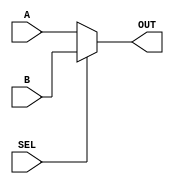
/*
Written By: Joe Barchanowicz
scaleable multiplexer
*/

`timescale 1 ns / 1 ns

module scale_mux(A, B, SEL, OUT);

//port delarations
	parameter SIZE = 1; //default parameter size
	
	output reg [SIZE-1:0] OUT;
	input [SIZE-1:0] A, B;
	input SEL;
	integer i;	//dummy variable used for loop operations	

	always @ (A or B or SEL)
	begin
	  if (SEL == 0)		//SEL = 0
	    OUT = A;
	  else if (SEL ==1)	//SEL = 1
	    OUT = B;
	  else			//SEL = x
	    for (i = 0; i < SIZE; i = i +1)	 
	      begin
		if (A[i] == B[i])
		  OUT[i] = A[i];
		else
		  OUT[i] = 1'bx; 
	      end
	end 
	  
endmodule